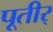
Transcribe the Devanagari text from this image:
पूतीर्